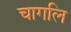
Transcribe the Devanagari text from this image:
चागलि